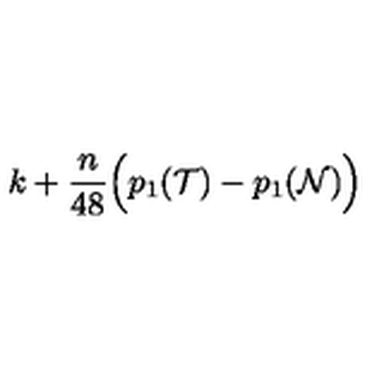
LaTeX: k + { \frac { n } { 4 8 } } \Bigl ( p _ { 1 } ( { \cal T } ) - p _ { 1 } ( { \cal N } ) \Bigr )